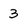
Character: 3